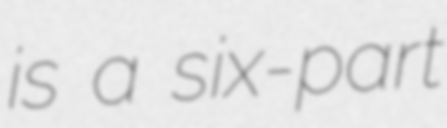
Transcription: is a six-part